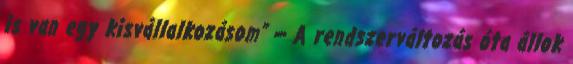
is van egy kisvállalkozásom” — A rendszerváltozás óta állok